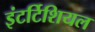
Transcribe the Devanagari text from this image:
इंटर्टिशियल